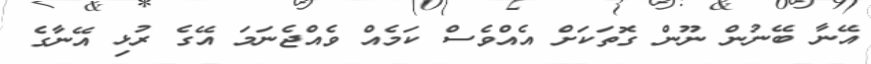
އޭނާ ބޭނުން ނޫން ގޮތަކަށް އެއްވެސް ކަމެއް ވެއްޖެނަމަ އޭގެ ރުޅި އޭނާގެ